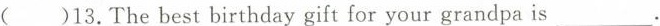
()13. The best birthday gift for your grandpa is ___.